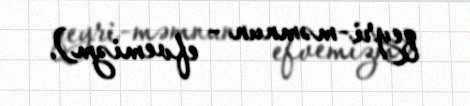
qeyri-məmnun - efvemizm).